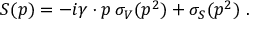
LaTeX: S ( p ) = - i \gamma \cdot p \, \sigma _ { V } ( p ^ { 2 } ) + \sigma _ { S } ( p ^ { 2 } ) ~ .